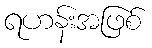
ရဟန်းအဖြစ်